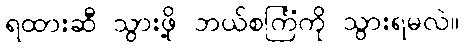
ရထားဆီ သွားဖို့ ဘယ်စင်္ကြံကို သွားရမလဲ။